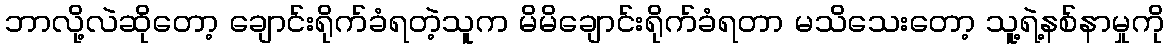
ဘာလို့လဲဆိုတော့ ချောင်းရိုက်ခံရတဲ့သူက မိမိချောင်းရိုက်ခံရတာ မသိသေးတော့ သူ့ရဲ့နစ်နာမှုကို